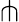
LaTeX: \pitchfork